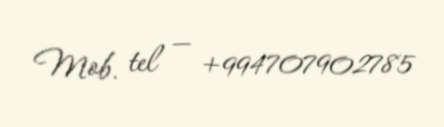
Mob. tel — +994707902785